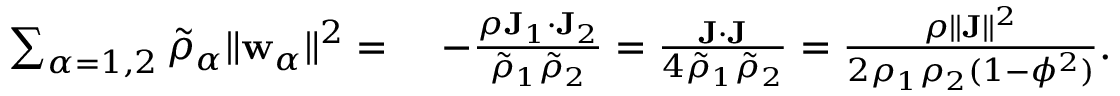
\begin{array} { r l } { \sum _ { \alpha = 1 , 2 } \tilde { \rho } _ { \alpha } \| \mathbf { w } _ { \alpha } \| ^ { 2 } = } & { ~ - \frac { \rho \mathbf { J } _ { 1 } \cdot \mathbf { J } _ { 2 } } { \tilde { \rho } _ { 1 } \tilde { \rho } _ { 2 } } = \frac { \mathbf { J } \cdot \mathbf { J } } { 4 \tilde { \rho } _ { 1 } \tilde { \rho } _ { 2 } } = \frac { \rho \| \mathbf { J } \| ^ { 2 } } { 2 \rho _ { 1 } \rho _ { 2 } ( 1 - \phi ^ { 2 } ) } . } \end{array}